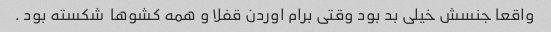
واقعا جنسش خیلی بد بود وقتی برام اوردن قفلا و همه کشوها  شکسته بود .